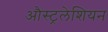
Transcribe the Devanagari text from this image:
औस्ट्रलेशियन